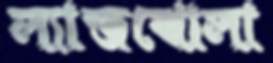
ল্যাজঝোলা